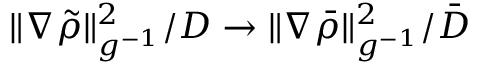
{ \| \nabla \tilde { \rho } \| _ { g ^ { - 1 } } ^ { 2 } } / { D } \to \| \nabla \bar { \rho } \| _ { g ^ { - 1 } } ^ { 2 } / { \bar { D } }